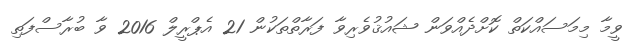
ވީމާ މިމަސައްކަތް ކޮށްދެއްވަން ޝައުޤުވެރިވާ ފަރާތްތަކުން 21 އެޕްރީލް 2016 ވާ ބުރާސްފަތި